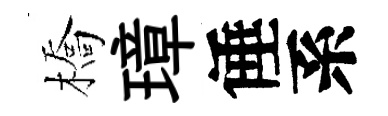
橋璋倕系